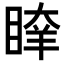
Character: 𥈖